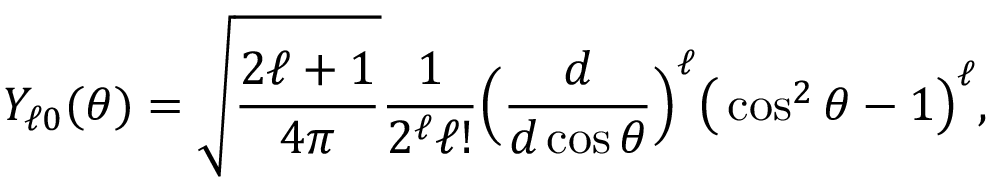
Y _ { \ell 0 } ( \theta ) = \sqrt { \frac { 2 \ell + 1 } { 4 \pi } } \frac { 1 } { 2 ^ { \ell } \ell ! } \Big ( \frac { d } { d \cos \theta } \Big ) ^ { \ell } \big ( \cos ^ { 2 } \theta - 1 \big ) ^ { \ell } ,